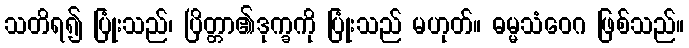
သတိရ၍ ပြုံးသည်၊ ပြိတ္တာ၏ဒုက္ခကို ပြုံးသည် မဟုတ်။ ဓမ္မသံဝေဂ ဖြစ်သည်။